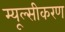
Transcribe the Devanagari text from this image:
म्यूल्सीकरण